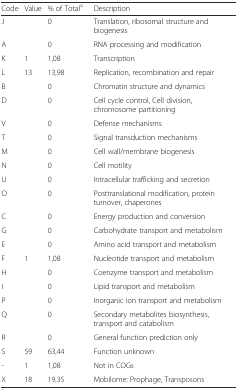
| Code | Value | % of Totala | Description |
 | --- | --- | --- | --- |
 | J |  | 0 | Translation, ribosomal structure and biogenesis |
 | A |  | 0 | RNA processing and modification |
 | K | 1 | 1,08 | Transcription |
 | L | 13 | 13,98 | Replication, recombination and repair |
 | B |  | 0 | Chromatin structure and dynamics |
 | D |  | 0 | Cell cycle control, Cell division, chromosome partitioning |
 | V |  | 0 | Defense mechanisms |
 | T |  | 0 | Signal transduction mechanisms |
 | M |  | 0 | Cell wall/membrane biogenesis |
 | N |  | 0 | Cell motility |
 | U |  | 0 | Intracellular trafficking and secretion |
 | O |  | 0 | Posttranslational modification, protein turnover, chaperones |
 | C |  | 0 | Energy production and conversion |
 | G |  | 0 | Carbohydrate transport and metabolism |
 | E |  | 0 | Amino acid transport and metabolism |
 | F | 1 | 1,08 | Nucleotide transport and metabolism |
 | H |  | 0 | Coenzyme transport and metabolism |
 | I |  | 0 | Lipid transport and metabolism |
 | P |  | 0 | Inorganic ion transport and metabolism |
 | Q |  | 0 | Secondary metabolites biosynthesis, transport and catabolism |
 | R |  | 0 | General function prediction only |
 | S | 59 | 63,44 | Function unknown |
 | - | 1 | 1,08 | Not in COGs |
 | X | 18 | 19,35 | Mobilome: Prophage, Transposons |